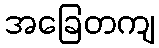
အခြေတကျ